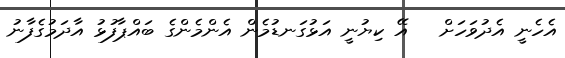
އެހެނީ އެދުވަހަށް   އޭ ކިޔުނީ އަޅުގަނޑުމެން އެންމެންގެ ބައްޕާފުޅު އާދަމުގެފާނު